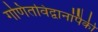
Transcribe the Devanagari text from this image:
गणितविद्वानांपैकी